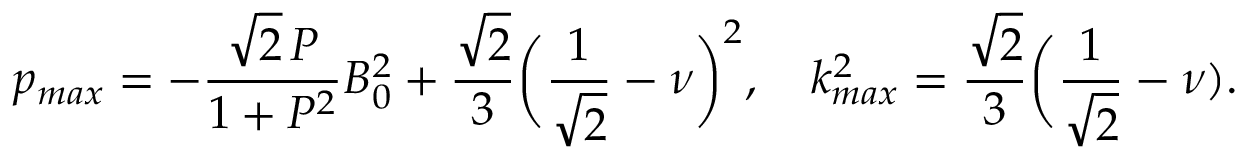
p _ { m a x } = - \frac { \sqrt { 2 } \, P } { 1 + P ^ { 2 } } B _ { 0 } ^ { 2 } + \frac { \sqrt { 2 } } { 3 } \biggl ( \frac { 1 } { \sqrt { 2 } } - \nu \biggr ) ^ { 2 } , \quad k _ { m a x } ^ { 2 } = \frac { \sqrt { 2 } } { 3 } \biggl ( \frac { 1 } { \sqrt { 2 } } - \nu ) .